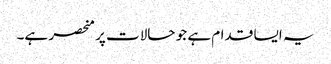
یہ ایسا قدام ہے جو حالات پر منحصر ہے۔